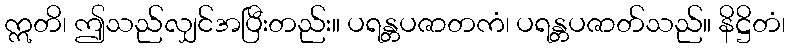
ဣတိ၊ ဤသည်လျှင်အပြီးတည်း။ ပရန္တပဇာတကံ၊ ပရန္တပဇာတ်သည်။ နိဋ္ဌိတံ၊